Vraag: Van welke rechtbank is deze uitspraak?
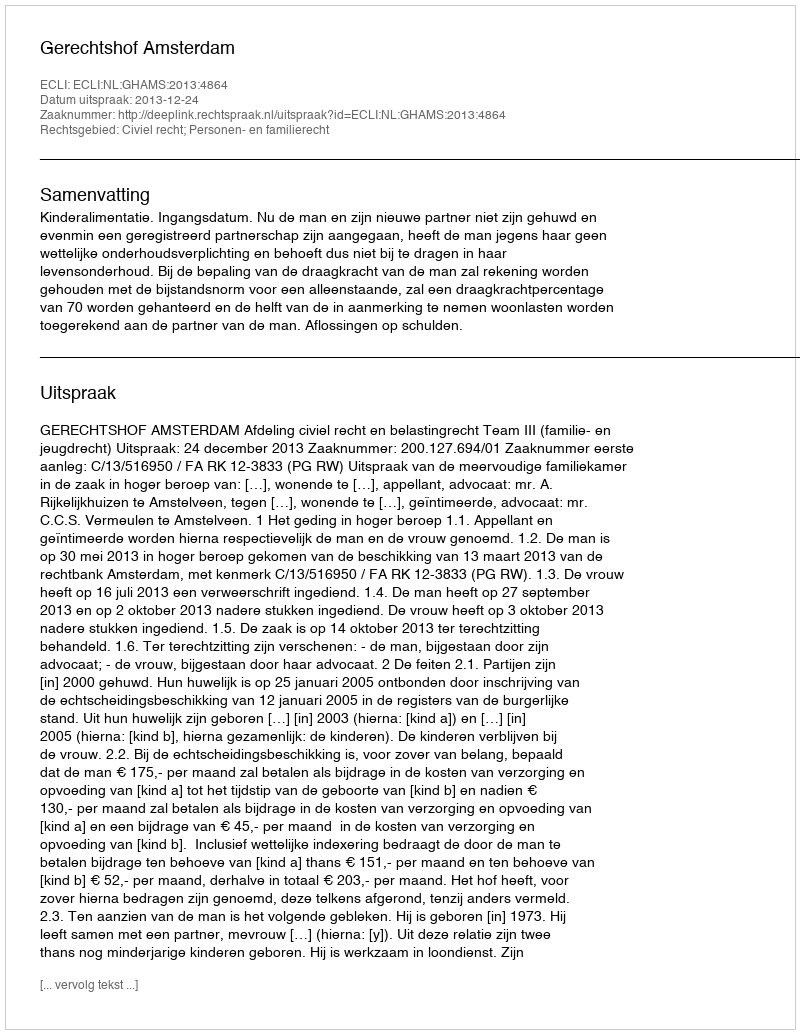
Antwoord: Gerechtshof Amsterdam